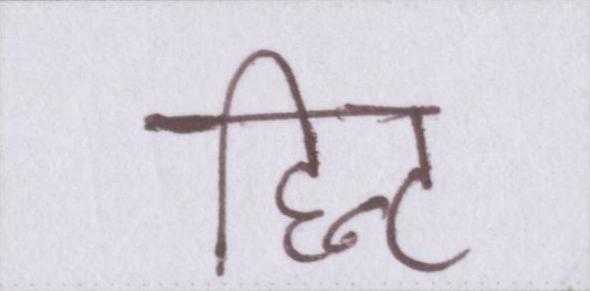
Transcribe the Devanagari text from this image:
हिन्ट